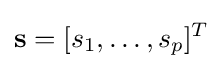
\mathbf {s} =[s_{1},\ldots ,s_{p}]^{T}